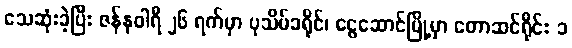
သေဆုံးခဲ့ပြီး ဇန်နဝါရီ ၂၆ ရက်မှာ ပုသိမ်ခရိုင်၊ ငွေဆောင်မြို့မှာ တောဆင်ရိုင်း ၁